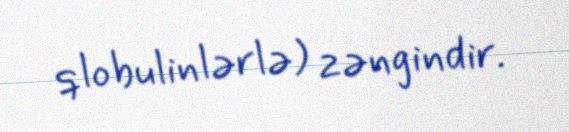
qlobulinlərlə) zəngindir.